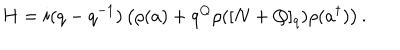
H = i ( q - q ^ { - 1 } ) \left( \rho ( a ) + q ^ { Q } \rho ( [ N + Q ] _ { q } ) \rho ( a ^ { \dagger } ) \right) .